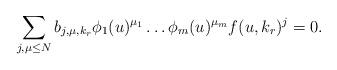
LaTeX: \begin{align*}\sum _{j,\mu \leq N} b_{j,\mu , k _r}\phi _1( u) ^{\mu _1}\ldots \phi _m( u)^{\mu _m} f ( u, k _r)^j=0.\end{align*}